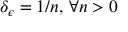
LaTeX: \delta _ { \epsilon } = 1 / n , \, \forall n > 0